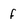
Character: f